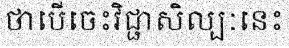
ថាបើចេះវិជ្ជាសិល្បៈនេះ